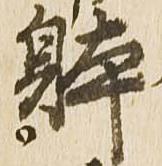
体